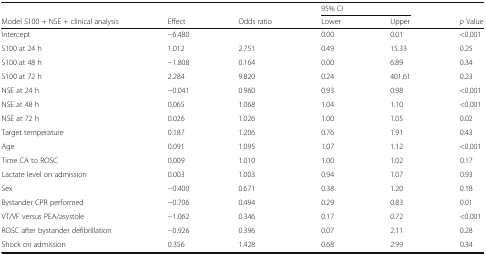
<table><thead><tr><td></td><td></td><td></td><td colspan="2"><b>95% CI</b></td><td></td></tr><tr><td><b>Model S100 + NSE + clinical analysis</b></td><td><b>Effect</b></td><td><b>Odds ratio</b></td><td><b>Lower</b></td><td><b>Upper</b></td><td><b><i>p</i> Value</b></td></tr></thead><tbody><tr><td>Intercept</td><td>−6.480</td><td></td><td>0.00</td><td>0.01</td><td>&lt;0.001</td></tr><tr><td>S100 at 24 h</td><td>1.012</td><td>2.751</td><td>0.49</td><td>15.33</td><td>0.25</td></tr><tr><td>S100 at 48 h</td><td>−1.808</td><td>0.164</td><td>0.00</td><td>6.89</td><td>0.34</td></tr><tr><td>S100 at 72 h</td><td>2.284</td><td>9.820</td><td>0.24</td><td>401.61</td><td>0.23</td></tr><tr><td>NSE at 24 h</td><td>−0.041</td><td>0.960</td><td>0.93</td><td>0.98</td><td>&lt;0.001</td></tr><tr><td>NSE at 48 h</td><td>0.065</td><td>1.068</td><td>1.04</td><td>1.10</td><td>&lt;0.001</td></tr><tr><td>NSE at 72 h</td><td>0.026</td><td>1.026</td><td>1.00</td><td>1.05</td><td>0.02</td></tr><tr><td>Target temperature</td><td>0.187</td><td>1.206</td><td>0.76</td><td>1.91</td><td>0.43</td></tr><tr><td>Age</td><td>0.091</td><td>1.095</td><td>1.07</td><td>1.12</td><td>&lt;0.001</td></tr><tr><td>Time CA to ROSC</td><td>0.009</td><td>1.010</td><td>1.00</td><td>1.02</td><td>0.17</td></tr><tr><td>Lactate level on admission</td><td>0.003</td><td>1.003</td><td>0.94</td><td>1.07</td><td>0.93</td></tr><tr><td>Sex</td><td>−0.400</td><td>0.671</td><td>0.38</td><td>1.20</td><td>0.18</td></tr><tr><td>Bystander CPR performed</td><td>−0.706</td><td>0.494</td><td>0.29</td><td>0.83</td><td>0.01</td></tr><tr><td>VT/VF versus PEA/asystole</td><td>−1.062</td><td>0.346</td><td>0.17</td><td>0.72</td><td>&lt;0.001</td></tr><tr><td>ROSC after bystander defibrillation</td><td>−0.926</td><td>0.396</td><td>0.07</td><td>2.11</td><td>0.28</td></tr><tr><td>Shock on admission</td><td>0.356</td><td>1.428</td><td>0.68</td><td>2.99</td><td>0.34</td></tr></tbody></table>